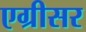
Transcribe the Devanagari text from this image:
एग्रीसर